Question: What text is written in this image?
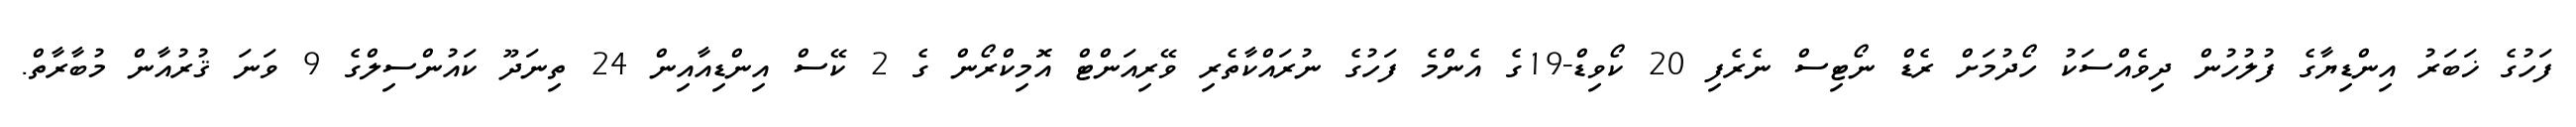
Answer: ފަހުގެ ޚަބަރު އިންޑިޔާގެ ފުލުހުން ދިވެއްސަކު ހޯދުމަށް ރެޑް ނޯޓިސް ނެރެފި 20 ކޯވިޑް-19ގެ އެންމެ ފަހުގެ ނުރައްކާތެރި ވޭރިއަންޓް އޮމިކްރޯން ގެ 2 ކޭސް އިންޑިއާއިން 24 ތިނަދޫ ކައުންސިލްގެ 9 ވަނަ ޤުރުއާން މުބާރާތް.